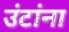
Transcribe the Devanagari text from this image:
उंटांना